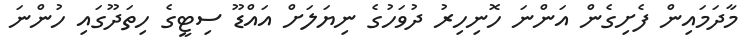
މާދަމައިން ފެށިގެން އަންނަ ހޮނިހިރު ދުވަހުގެ ނިޔަލަށް އައްޑޫ ސިޓީގެ ހިތަދޫގައި ހުންނަ